Calcutta medical institutions reports 1892-1900
Year: 1892
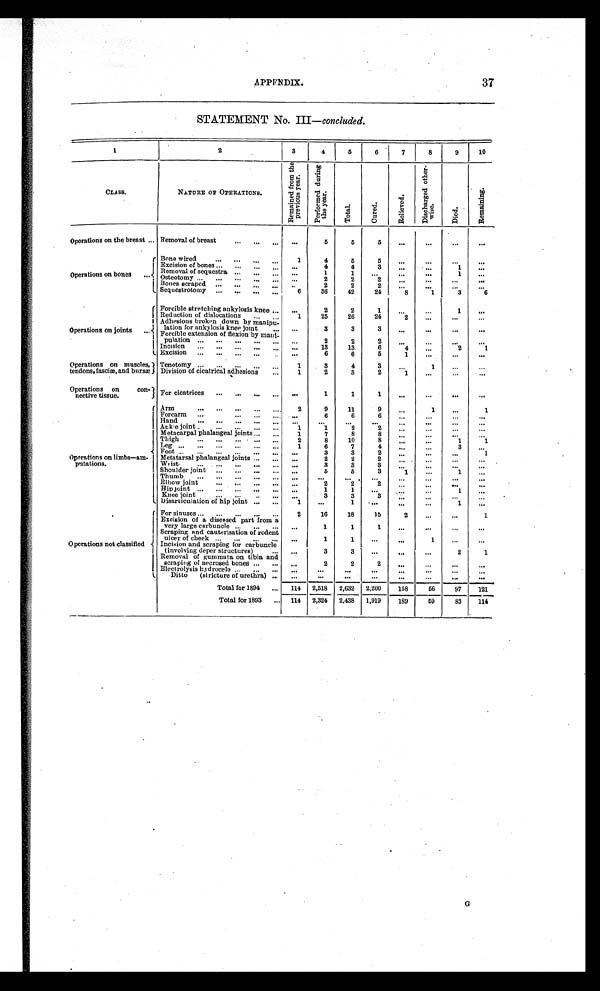
APPENDIX.
37
STATEMENT No. III—
concluded.
1
2
3
4
5
6
7
8
9
10
CLASS.
NATURE OF OPERATIONS.
R e m a i n e d f r o m t h e p r e v i o u s y e a r .
P e r f o r m e d d u r i n g t h e y e a r .
T o t a l .
C u r e d .
R e l i e v e d .
D i s c h a r g e d o t h e r -
w i s e .
D i e d .
R e m a i n i n g .
Operatïons on the breast . . . Removal of breast . . .
. . .
5
5
5
. . .
. . .
. . .
. . .
Operations on bones . . .
Bone wired . . .
1
4
5
5
. . .
. . .
. . .
. . .
E x c i s i o n o f b o n e s . . .
. . .
4
4
3
. . .
. . .
1
. . .
Removal of sequestra . . .
. . .
1
1
. . .
. . .
. . .
1
. . .
O s t e o t o m y . . .
. . .
2
2
2
. . .
. . .
. . .
. . .
B o n e s s c r a p e d . . .
. . .
2
2
2
. . .
. . .
. . .
. . .
S e q u e s t r o t o m y . . .
6
36
42
24
8
1
3
6
Operations on joints . . .
Forcible stretching ankylosis knee . . .
. . .
2
2
1
. . .
. . .
1
. . .
Reduction of dislocations . . .
1
25
26
24
2
. . .
. . .
. . .
Adhesions broken down by manipu-
lation for ankylosis knee joint . . .
. . .
3
3
3
. . .
. . .
. . .
. . .
Forcible extension of flexion by ma
n i -
pulation . . .
. . .
2
2
2
. . .
. . .
. . .
. . .
Incision . . .
. . .
13
13
6
4
. . .
2
1
Excision . . .
. . .
6
6
5
1
. . .
. . .
. . .
Operations on muscles,
tendons, fasciæ, and bursæ
Tenotomy . . .
1
3
4
3
. . .
1
. . .
. . .
Division of cicatrical adhesions . . .
1
2
3
2
1
. . .
. . .
. . .
Operations on con-
nective tissue.
For cicatrices . . .
. . .
1
1
1
. . .
. . .
. . .
. . .
Operations on limbs—am-
putations.
Arm . . .
2
9
11
9
. . .
1
. . .
1
Forearm . . .
. . .
6
6
6
. . .
. . . . . .
. . .
Hand . . .
. . .
. . .
. . .
. . .
. . .
. . .
. . .
. . .
Ankle joint . . .
1
1
2
2
. . .
. . .
. . .
. . .
Metacarpal phalangeal joints . . .
1
7
8
8
. . .
. . .
. . .
. . .
Thigh . . .
2
8
10
8
. . .
. . .
1
1
Leg
.
.
.
1
6
7
4
. . .
. . .
3
. . .
Foot . . .
. . .
3
3
2
. . . . . .
. . .
1
Metatarsal phalangeal joints . . .
. . .
2
2
2
. . .
. . . . . .
. . .
Wrist . . .
. . .
3
3
3
. . .
. . .
. . .
. . .
Shoulder joint . . .
. . .
5
5
3
1
. . .
1
. . .
Thumb . . .
. . .
. . .
. . .
. . .
. . .
. . .
. . .
. . .
Elbow joint . . .
. . .
2
2
2
. . .
. . .
. . .
. . .
Hip joint . . .
. . .
1
1
. . .
. . .
. . . 1
. . .
Knee joint . . .
. . .
3
3
3
. . .
. . .
. . .
. . .
Disarticulation of hip joint . . .
1
. . .
1
. . .
. . .
. . .
1
. . .
Operations not classifled
For sinuses . . .
2
16
18
15
2
. . .
. . .
1
Excision of a diseased part from a
very large carbuncle . . .
. . .
1
1
1
. . .
. . .
. . .
. . .
S c r a p i n g a n d c a u t e r i s a t i o n o f r o d e n t u l c e r o f c h e e k . . .
. . .
1
1
. . .
. . .
1
. . .
. . .
Incision and scraping for carbuncle
(involving deper structures) . . .
. . .
3
3
. . .
. . .
. . .
2
1
Removal of gummata on tibia and
scraping of necrosed bones . . .
. . .
2
2
2
. . .
. . .
. . .
. . .
Electrolysis hydrocele . . .
. . .
. . .
. . .
. . .
. . .
. . . . . .
. . .
Ditto (stricture of urethra) . . .
. . .
. . .
. . .
. . .
. . .
. . . . . .
. . .
Total for 1894 . . .
114
2,518
2,632
2,200
158
56
97
121
Total for 1893 . . .
114
2,324
2,438
1,919
189
59
83
114